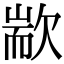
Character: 歂